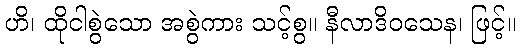
ဟိ၊ ထိုငါစွဲသော အစွဲကား သင့်စွ။ နီလာဒိဝသေန၊ ဖြင့်။